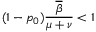
( 1 - p _ { 0 } ) \frac { \overline { { \beta } } } { \mu + \nu } < 1